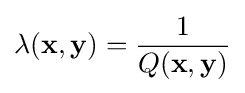
\lambda (\mathbf {x} ,\mathbf {y} )={\frac {1}{Q(\mathbf {x} ,\mathbf {y} )}}